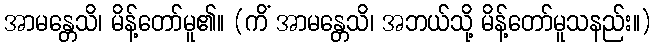
အာမန္တေသိ၊ မိန့်တော်မူ၏။ (ကိံ အာမန္တေသိ၊ အဘယ်သို့ မိန့်တော်မူသနည်း။)